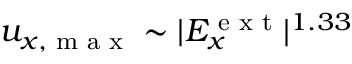
u _ { x , \textrm { m a x } } \sim | E _ { x } ^ { \textrm { e x t } } | ^ { 1 . 3 3 }